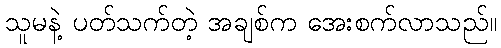
သူမနဲ့ ပတ်သက်တဲ့ အချစ်က အေးစက်လာသည်။